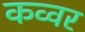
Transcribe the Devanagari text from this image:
कव्वर